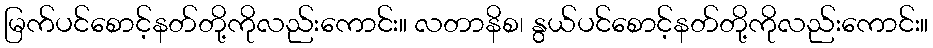
မြက်ပင်စောင့်နတ်တို့ကိုလည်းကောင်း။ လတာနိစ၊ နွယ်ပင်စောင့်နတ်တို့ကိုလည်းကောင်း။